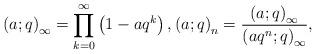
LaTeX: \begin{align*}\left(a;q\right)_{\infty}=\prod_{k=0}^{\infty}\left(1-aq^{k}\right), \left(a;q\right)_{n}=\frac{\left(a;q\right)_{\infty}}{\left(aq^{n};q\right)_{\infty}},\end{align*}